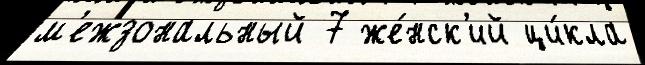
м'ежзональный 7 же́нск'ий ци́кла